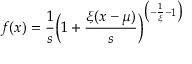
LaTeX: f ( x ) = { \frac { 1 } { s } } { \Bigl ( } 1 + { \frac { \xi ( x - \mu ) } { s } } { \Bigr ) } ^ { { \bigl ( } - { \frac { 1 } { \xi } } - 1 { \bigr ) } }